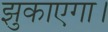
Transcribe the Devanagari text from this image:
झुकाएगा।